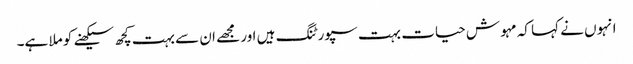
انہوں نے کہا کہ مہوش حیات بہت سپورٹنگ ہیں اور مجھے ان سے بہت کچھ سیکھنے کو ملا ہے۔